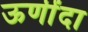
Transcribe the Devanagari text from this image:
ऊणींदा